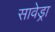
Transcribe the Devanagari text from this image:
सावेड्रा